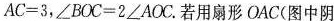
AC=3，\angle BOC=2\angle AOC。若用扇形OAC(图中阴